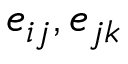
e _ { i j } , e _ { j k }